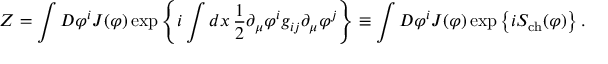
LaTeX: Z = \int D \varphi ^ { i } J ( \varphi ) \exp \left\{ i \int d x \, \frac { 1 } { 2 } \partial _ { \mu } \varphi ^ { i } g _ { i j } \partial _ { \mu } \varphi ^ { j } \right\} \equiv \int D \varphi ^ { i } J ( \varphi ) \exp \left\{ i S _ { \mathrm { c h } } ( \varphi ) \right\} .